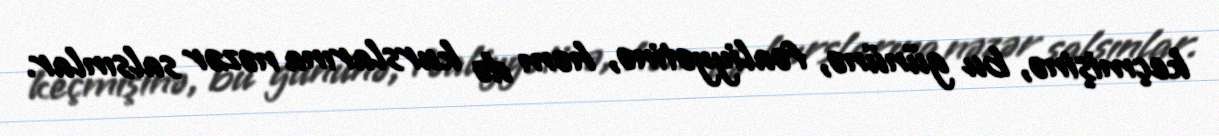
keçmişinə, bu gününə, fəaliyyətinə, həm də kurslarına nəzər salsınlar.